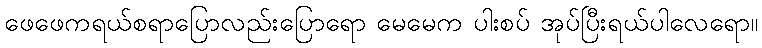
ဖေဖေကရယ်စရာပြောလည်းပြောရော မေမေက ပါးစပ် အုပ်ပြီးရယ်ပါလေရော။